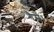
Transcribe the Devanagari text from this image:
गैसें।